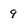
Character: 9